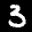
Label: 3